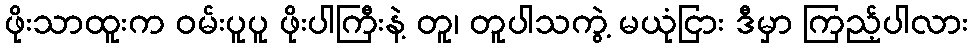
ဖိုးသာထူးက ဝမ်းပူပူ ဖိုးပါကြီးနဲ့ တူ၊ တူပါသကွဲ့ မယုံငြား ဒီမှာ ကြည့်ပါလား